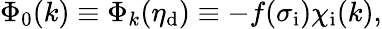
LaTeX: \Phi_{0}(k)\equiv\Phi_{k}(\eta_{\mathrm{d}})\equiv-f(\sigma_{\mathrm{i}})\chi_{\mathrm{i}}(k),